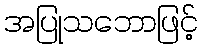
အပြုသဘောဖြင့်